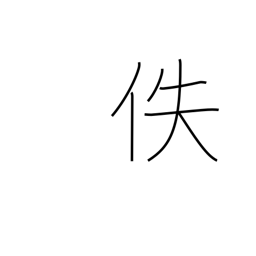
Meaning: lost